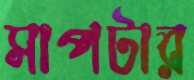
সাপটার